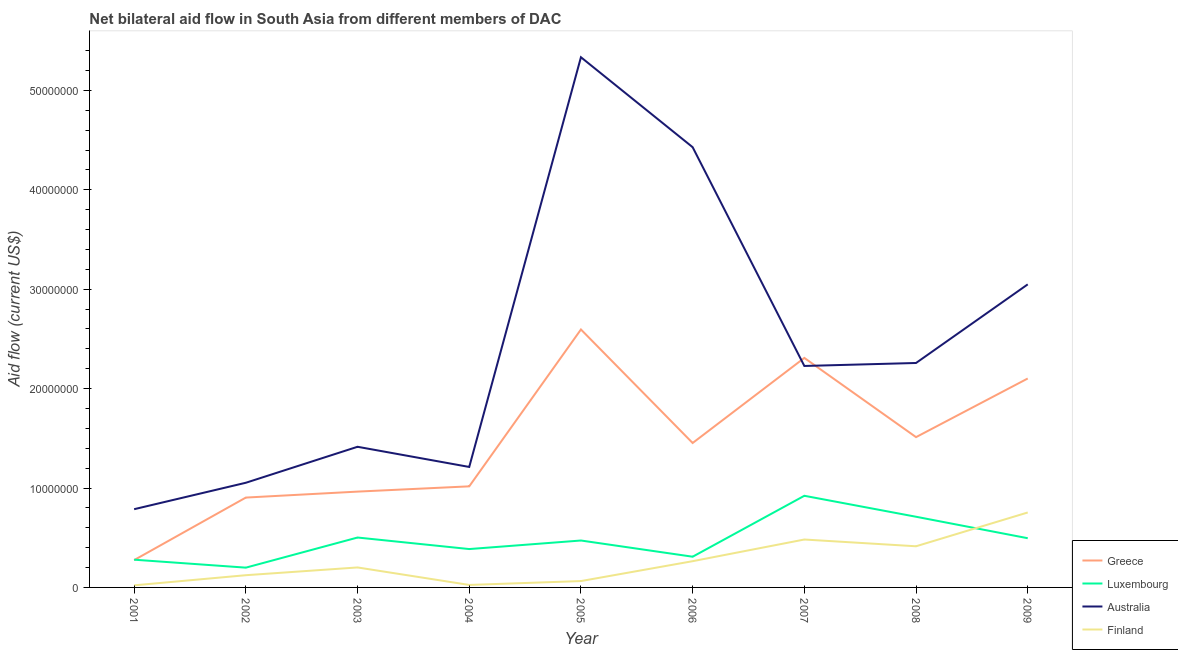
| Year | Greece | Luxembourg | Australia | Finland |
 | --- | --- | --- | --- | --- |
 | 2001 | 2.75e+06 | 2.79e+06 | 7.87e+06 | 2.1e+05 |
 | 2002 | 9.04e+06 | 1.99e+06 | 1.05e+07 | 1.23e+06 |
 | 2003 | 9.64e+06 | 5.02e+06 | 1.42e+07 | 2.01e+06 |
 | 2004 | 1.02e+07 | 3.86e+06 | 1.21e+07 | 2.5e+05 |
 | 2005 | 2.6e+07 | 4.72e+06 | 5.33e+07 | 6.4e+05 |
 | 2006 | 1.45e+07 | 3.09e+06 | 4.43e+07 | 2.64e+06 |
 | 2007 | 2.31e+07 | 9.22e+06 | 2.23e+07 | 4.82e+06 |
 | 2008 | 1.51e+07 | 7.11e+06 | 2.26e+07 | 4.14e+06 |
 | 2009 | 2.1e+07 | 4.95e+06 | 3.05e+07 | 7.54e+06 |